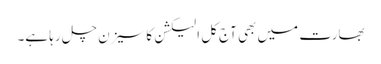
بھارت میں بھی آج کل الیکشن کا سیزن چل رہا ہے۔